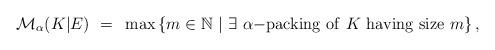
LaTeX: \begin{align*}\mathcal{M}_{\alpha}(K|E)~=~\max\left\{m\in\mathbb{N}~|~\exists~\alpha\mathrm{-packing~of}~K~\mathrm{having~size}~m\right\},\end{align*}